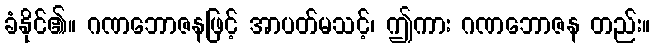
ခံနိုင်၏။ ဂဏဘောဇနဖြင့် အာပတ်မသင့်၊ ဤကား ဂဏဘောဇန တည်း။